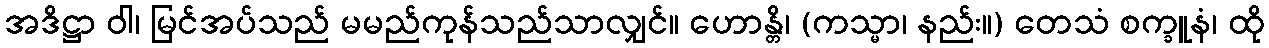
အဒိဋ္ဌာ ဝါ၊ မြင်အပ်သည် မမည်ကုန်သည်သာလျှင်။ ဟောန္တိ၊ (ကသ္မာ၊ နည်း။) တေသံ စက္ခူနံ၊ ထို